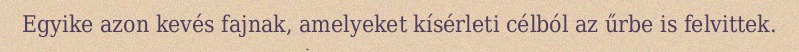
Egyike azon kevés fajnak, amelyeket kísérleti célból az űrbe is felvittek.